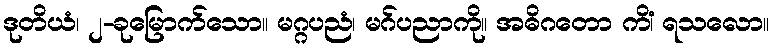
ဒုတိယံ၊ ၂-ခုမြောက်သော။ မဂ္ဂပညံ၊ မဂ်ပညာကို။ အဓိဂတော ကိံ၊ ရသလော။